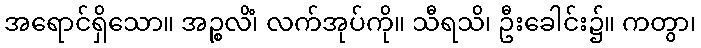
အရောင်ရှိသော။ အဉ္စလိံ၊ လက်အုပ်ကို။ သီရသိ၊ ဦးခေါင်း၌။ ကတွာ၊